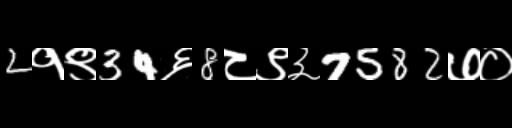
Text: 2१९34६8८९३7582७०